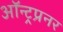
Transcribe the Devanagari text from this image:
ऑन्ट्रप्रनर